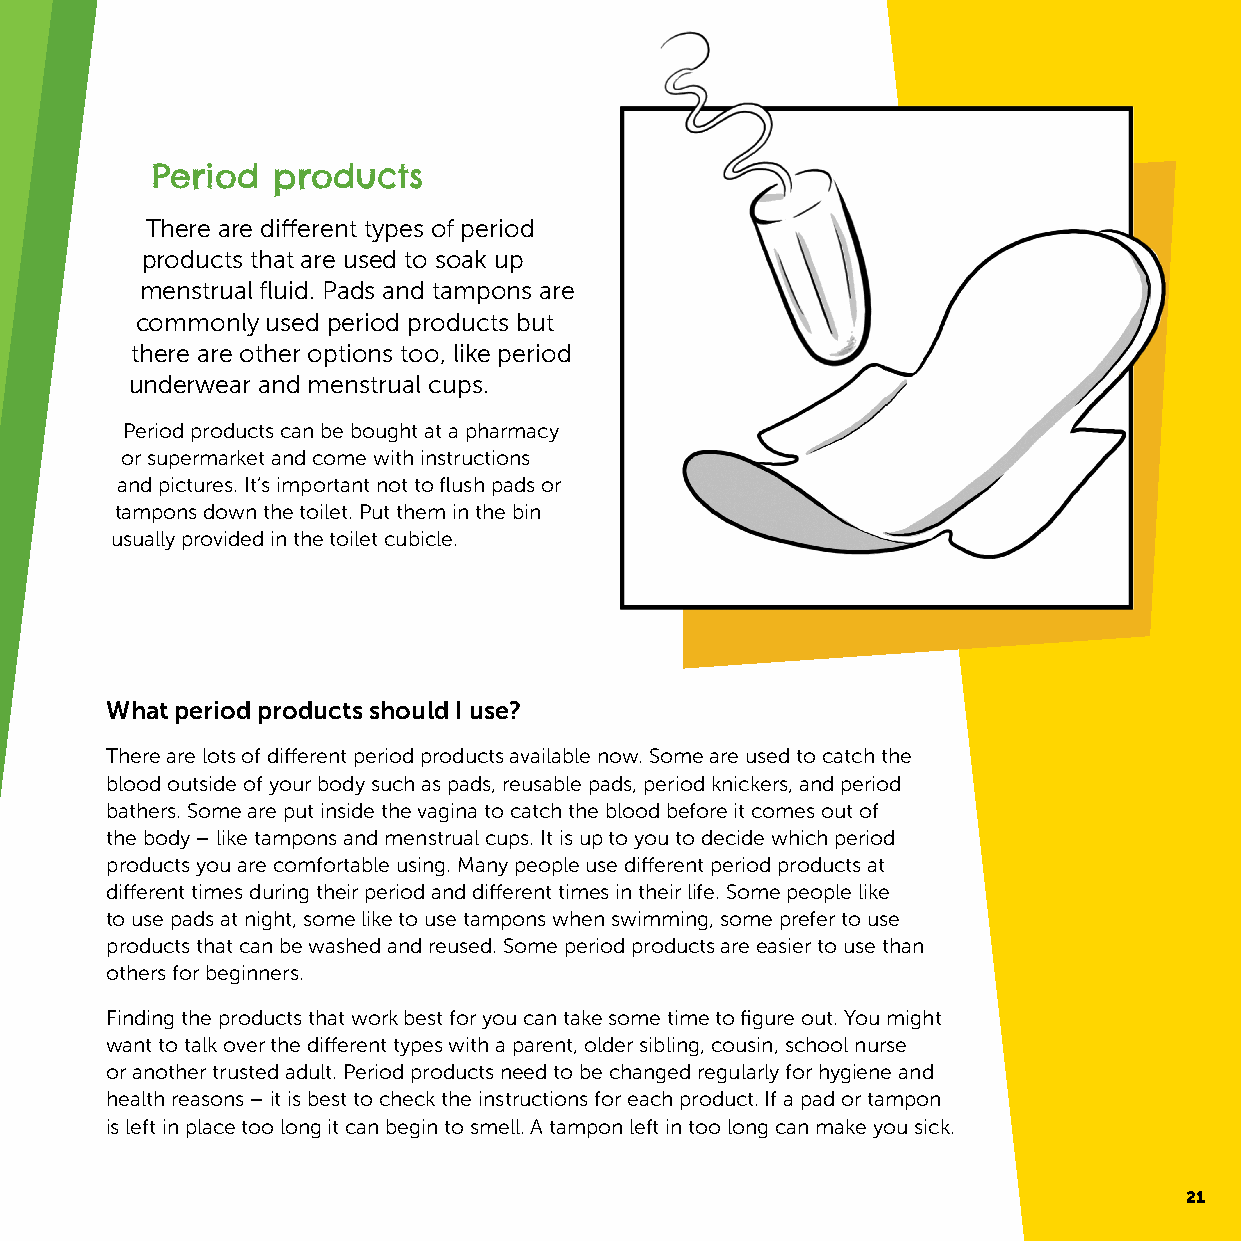
Period  products
 There are different types of period
 products that are used to soak up
 menstrual fluid. Pads and tampons are
 commonly used period products but
 there are other options too, like period
 underwear and menstrual cups.
 Period products can be bought at a pharmacy
 or supermarket and come with instructions
 and pictures. It’s important not to flush pads or
 tampons down the toilet. Put them in the bin
 usually provided in the toilet cubicle.
 What period products should I use?
 There are lots of different period products available now. Some are used to catch the
 blood outside of your body such as pads, reusable pads, period knickers, and period
 bathers. Some are put inside the vagina to catch the blood before it comes out of
 the body – like tampons and menstrual cups. It is up to you to decide which period
 products you are comfortable using. Many people use different period products at
 different times during their period and different times in their life. Some people like
 to use pads at night, some like to use tampons when swimming, some prefer to use
 products that can be washed and reused. Some period products are easier to use than
 others for beginners.
 Finding the products that work best for you can take some time to figure out. You might
 want to talk over the different types with a parent, older sibling, cousin, school nurse
 or another trusted adult. Period products need to be changed regularly for hygiene and
 health reasons – it is best to check the instructions for each product. If a pad or tampon
 is left in place too long it can begin to smell. A tampon left in too long can make you sick.
 21